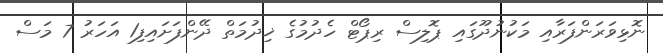
ނޮޅިވަރަންފަރާއި މަކުނުދޫގައި ޕޮލިސް ރިޕޯޓް ހެދުމުގެ ޚިދުމަތް ދޭންފަށައިފި1 އަހަރު 7 މަސް